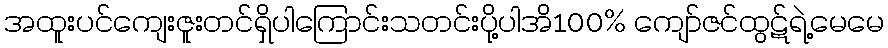
အထူးပင်ကျေးဇူးတင်ရှိပါကြောင်းသတင်းပို့ပါအိ100% ကျော်ဇင်ထွဋ်ရဲ့မေမေ